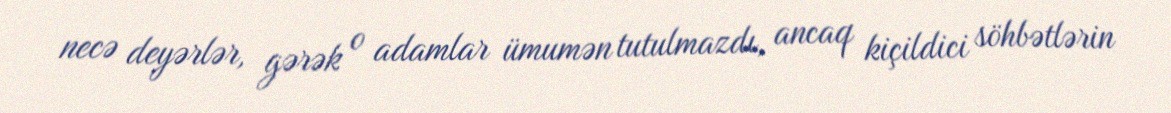
necə deyərlər, gərək o adamlar ümumən tutulmazdı, ancaq kiçildici söhbətlərin